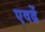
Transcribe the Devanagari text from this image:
एवढें